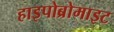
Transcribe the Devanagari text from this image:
हाइपोब्रोमाइट